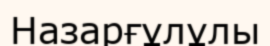
Назарғұлұлы